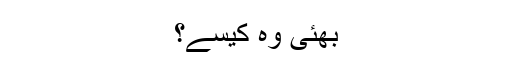
بھئی وہ کیسے؟